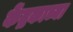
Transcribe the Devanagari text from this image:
केंद्रकाच्या